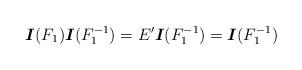
LaTeX: \begin{align*}\mbox{\boldmath$I$}(F_1)\mbox{\boldmath$I$}(F^{-1}_1)=E'\mbox{\boldmath$I$}(F^{-1}_1)=\mbox{\boldmath$I$}(F^{-1}_1)\end{align*}